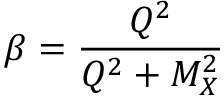
\beta = { \frac { Q ^ { 2 } } { Q ^ { 2 } + M _ { X } ^ { 2 } } }